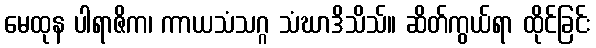
မေထုန ပါရာဇိက၊ ကာယသံသဂ္ဂ သံဃာဒိသိသ်။ ဆိတ်ကွယ်ရာ ထိုင်ခြင်း